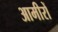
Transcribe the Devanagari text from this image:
आमीरों